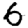
Digit: 6